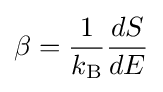
\beta ={\frac {1}{k_{\rm {B}}}}{\frac {dS}{dE}}